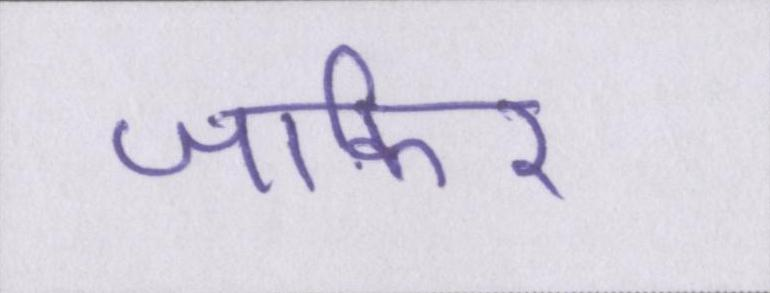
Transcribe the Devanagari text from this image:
जाकिर